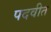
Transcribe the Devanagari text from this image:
पदवीत